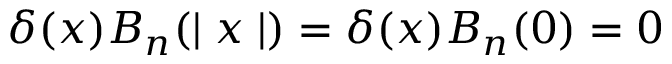
\delta ( x ) B _ { n } ( \mid x \mid ) = \delta ( x ) B _ { n } ( 0 ) = 0